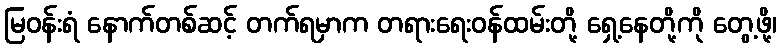
မြဝန်းရံ နောက်တစ်ဆင့် တက်ရမှာက တရားရေးဝန်ထမ်းတို့ ရှေ့နေတို့ကို တွေ့ဖို့၊